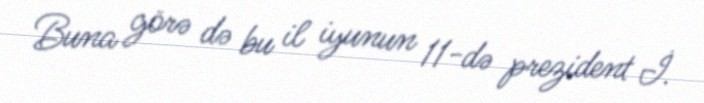
Buna görə də bu il iyunun 11-də prezident İ.